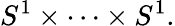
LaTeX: S^{1}\times\cdots\times S^{1}.